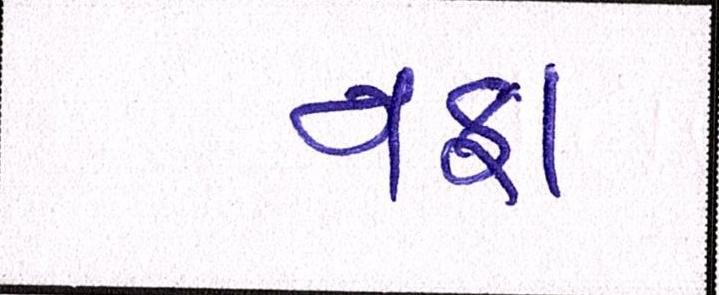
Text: નફા